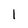
Character: 1